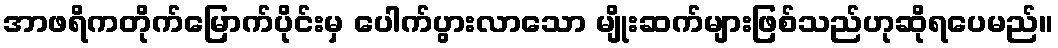
အာဖရိကတိုက်မြောက်ပိုင်းမှ ပေါက်ပွားလာသော မျိုးဆက်များဖြစ်သည်ဟုဆိုရပေမည်။